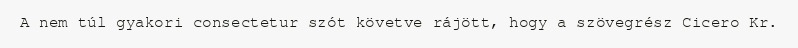
A nem túl gyakori consectetur szót követve rájött, hogy a szövegrész Cicero Kr.